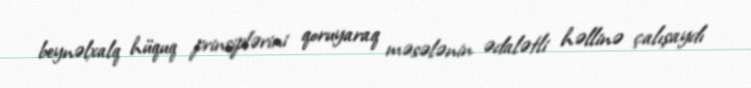
beynəlxalq hüquq prinsiplərini qoruyaraq məsələnin ədalətli həllinə çalışaydı